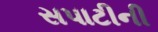
સપાટીની